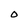
Character: 0